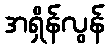
အရှိန်လွန်